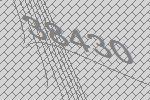
38430